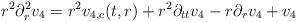
LaTeX: \begin{align*} r^{2} \partial_{r}^{2} v_{4} = r^{2} v_{4,c}(t,r) + r^{2} \partial_{tt}v_{4}-r \partial_{r}v_{4}+v_{4}\end{align*}